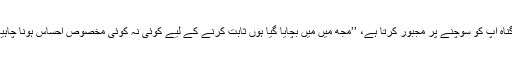
یا گناہ آپ کو سوچنے پر مجبور کرتا ہے، ’’مجھ میں مَیں بچایا گیا ہوں ثابت کرنے کے لیے کوئی نہ کوئی مخصوص احساس ہونا چاہیے۔